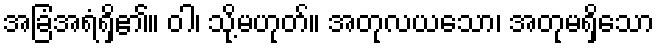
အခြံအရံရှိ၏။ ဝါ၊ သို့မဟုတ်။ အတုလယသော၊ အတုမရှိသော